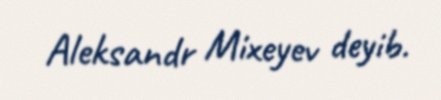
Aleksandr Mixeyev deyib.